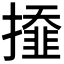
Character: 𢶍